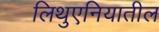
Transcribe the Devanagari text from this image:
लिथुएनियातील